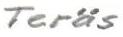
Teräs